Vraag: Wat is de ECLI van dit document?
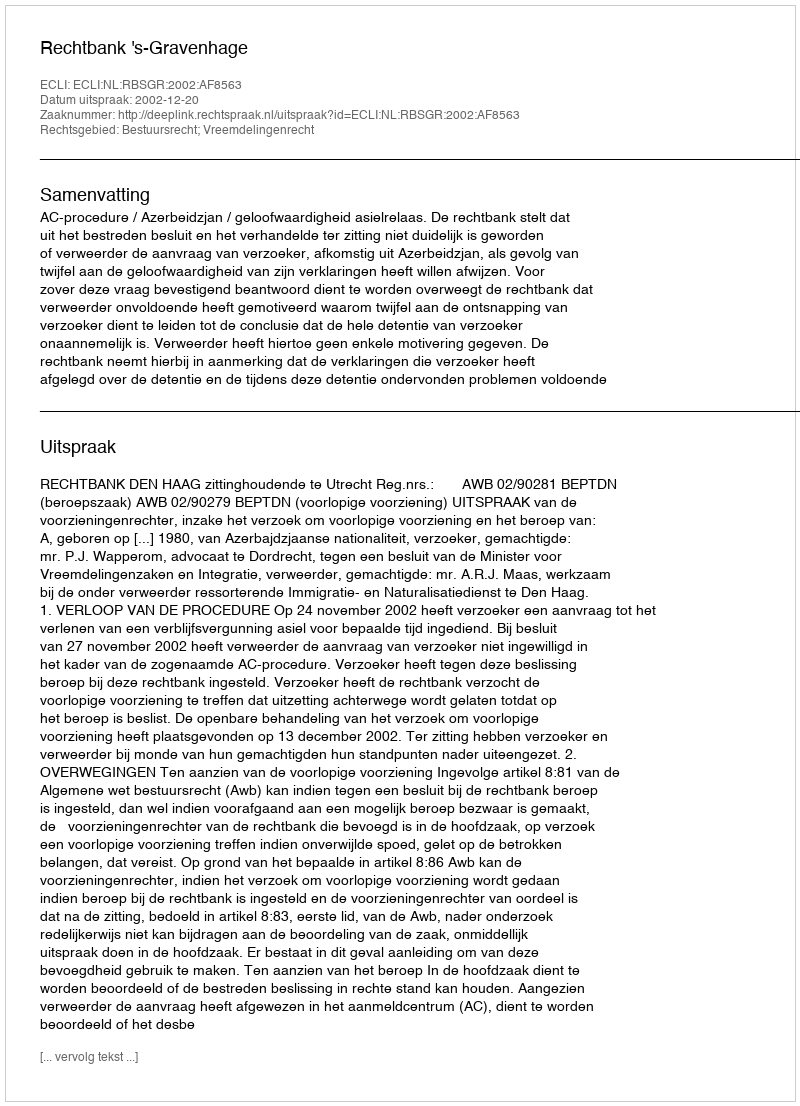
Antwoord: ECLI:NL:RBSGR:2002:AF8563